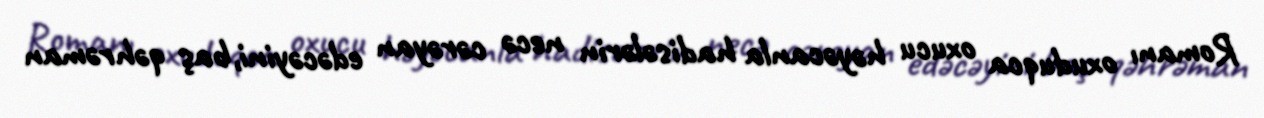
Romanı oxuduqca oxucu həyəcanla hadisələrin necə cərəyan edəcəyini,baş qəhrəman